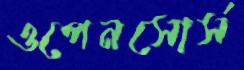
ওপেনসোর্স